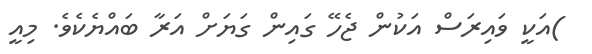
)އަކީ ވައިރަސް އަކުން ޖެހޭ ގައިން ގަޔަށް އަރާ ބައްޔެކެވެ. މިއީ